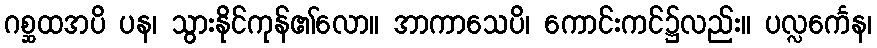
ဂစ္ဆထအပိ ပန၊ သွားနိုင်ကုန်၏လော။ အာကာသေပိ၊ ကောင်းကင်၌လည်း။ ပလ္လင်္ကေန၊